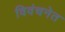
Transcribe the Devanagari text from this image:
विवंचनेत